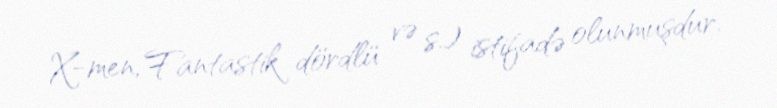
X-men, Fantastik dördlü və s.) istifadə olunmuşdur.